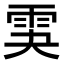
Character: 𩂃